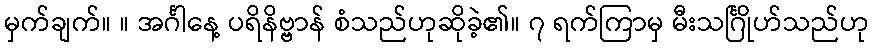
မှက်ချက်။ ။ အင်္ဂါနေ့ ပရိနိဗ္ဗာန် စံသည်ဟုဆိုခဲ့၏။ ၇ ရက်ကြာမှ မီးသင်္ဂြိုဟ်သည်ဟု